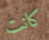
كانت